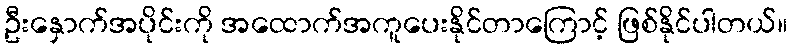
ဦးနှောက်အပိုင်းကို အထောက်အကူပေးနိုင်တာကြောင့် ဖြစ်နိုင်ပါတယ်။